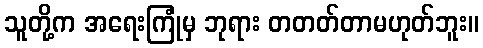
သူတို့က အရေးကြုံမှ ဘုရား တတတ်တာမဟုတ်ဘူး။